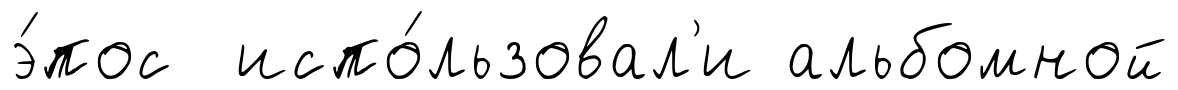
э́пос испо́льзовал'и альбомной